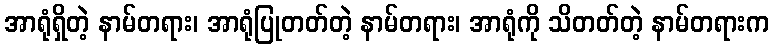
အာရုံရှိတဲ့ နာမ်တရား၊ အာရုံပြုတတ်တဲ့ နာမ်တရား၊ အာရုံကို သိတတ်တဲ့ နာမ်တရားက